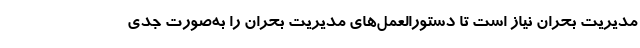
مدیریت بحران نیاز است تا دستورالعمل‌های مدیریت بحران را به‌صورت جدی